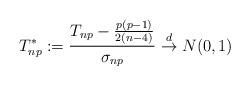
LaTeX: \begin{align*}T_{np}^*:=\frac{T_{np}-\frac{p(p-1)}{2(n-4)}}{\sigma_{np}}\overset{d}\to N(0,1)\end{align*}